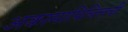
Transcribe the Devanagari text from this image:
अकामापिच्त्लिची